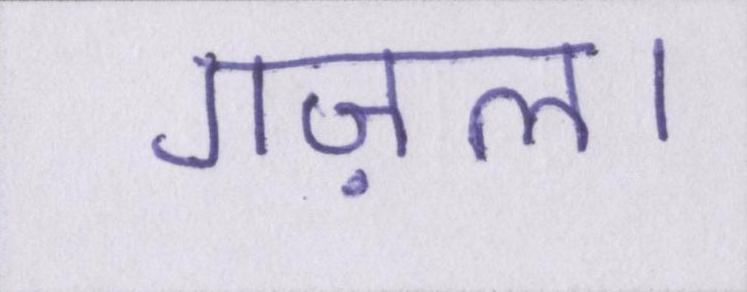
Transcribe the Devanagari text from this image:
गज़ल।